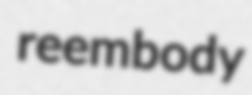
reembody